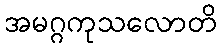
အမဂ္ဂကုသလောတိ